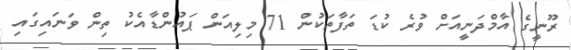
ރޫނީގެ އާމްދަނީއަށް ވުރެ ކުޑަ ތަފާތަކުން 71 މިލިއަން ޕައުންޑާއެކު ތިން ވަނައިގައި